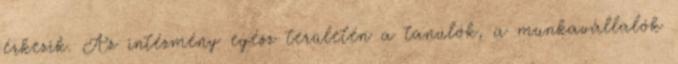
érkezik. Az intézmény egész területén a tanulók, a munkavállalók